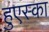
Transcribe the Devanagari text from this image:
हुएस्का